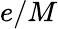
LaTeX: e/M